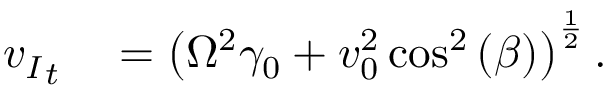
\begin{array} { r l } { { v _ { I } } _ { t } } & { { } = \left( \Omega ^ { 2 } \gamma _ { 0 } + v _ { 0 } ^ { 2 } \cos ^ { 2 } { ( \beta ) } \right) ^ { \frac { 1 } { 2 } } . } \end{array}